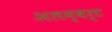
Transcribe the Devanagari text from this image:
अलम्बर्ट